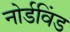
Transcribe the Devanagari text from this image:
नोर्डविंड